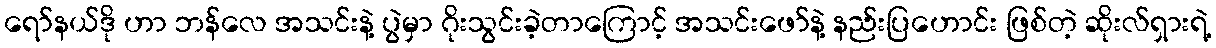
ရော်နယ်ဒို ဟာ ဘန်လေ အသင်းနဲ့ ပွဲမှာ ဂိုးသွင်းခဲ့တာကြောင့် အသင်းဖော်နဲ့ နည်းပြဟောင်း ဖြစ်တဲ့ ဆိုးလ်ရှားရဲ့